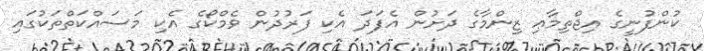
ކުންފުނީގެ އިޖްތިމާޢި ޒިންމާގެ ދަށުން އެފަދަ އެކި ފަރުދުން ވެމްކޯގެ އެކި މަސައްކަތްތަކުގައި